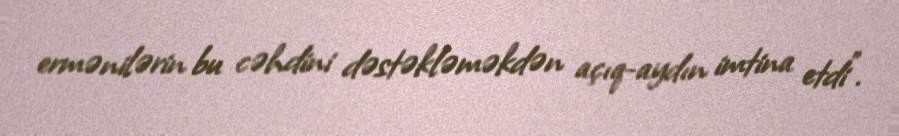
ermənilərin bu cəhdini dəstəkləməkdən açıq-aydın imtina etdi”.